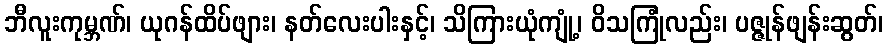
ဘီလူးကုမ္ဘဏ်၊ ယုဂန်ထိပ်ဖျား၊ နတ်လေးပါးနှင့်၊ သိကြားယုံကျုံ့၊ ဝိသကြုံလည်း၊ ပဇ္ဇုန်ဖျန်းဆွတ်၊